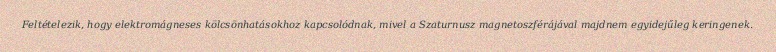
Feltételezik, hogy elektromágneses kölcsönhatásokhoz kapcsolódnak, mivel a Szaturnusz magnetoszférájával majdnem egyidejűleg keringenek.